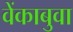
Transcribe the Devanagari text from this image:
वेंकाबुवा